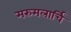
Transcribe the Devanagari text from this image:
मरुमलार्चि